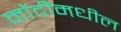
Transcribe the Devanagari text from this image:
नोंदींमधील